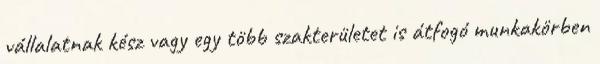
vállalatnak kész vagy egy több szakterületet is átfogó munkakörben